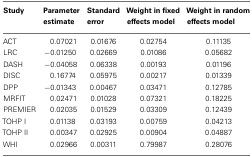
<table><thead><tr><td><b>Study</b></td><td><b>Parameter estimate</b></td><td><b>Standard error</b></td><td><b>Weight in fixed effects model</b></td><td><b>Weight in random effects model</b></td></tr></thead><tbody><tr><td>ACT</td><td>0.07021</td><td>0.01676</td><td>0.02754</td><td>0.11135</td></tr><tr><td>LRC</td><td>−0.01250</td><td>0.02669</td><td>0.01086</td><td>0.05682</td></tr><tr><td>DASH</td><td>−0.04058</td><td>0.06338</td><td>0.00193</td><td>0.01196</td></tr><tr><td>DISC</td><td>0.16774</td><td>0.05975</td><td>0.00217</td><td>0.01339</td></tr><tr><td>DPP</td><td>−0.01343</td><td>0.00467</td><td>0.03471</td><td>0.12785</td></tr><tr><td>MRFIT</td><td>0.02471</td><td>0.01028</td><td>0.07321</td><td>0.18225</td></tr><tr><td>PREMIER</td><td>0.02035</td><td>0.01529</td><td>0.03309</td><td>0.12439</td></tr><tr><td>TOHP I</td><td>0.01138</td><td>0.03193</td><td>0.00759</td><td>0.04213</td></tr><tr><td>TOHP II</td><td>0.00347</td><td>0.02925</td><td>0.00904</td><td>0.04887</td></tr><tr><td>WHI</td><td>0.02966</td><td>0.00311</td><td>0.79987</td><td>0.28076</td></tr></tbody></table>